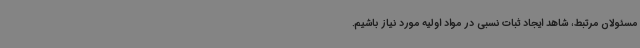
مسئولان مرتبط، شاهد ایجاد ثبات نسبی در مواد اولیه مورد نیاز باشیم.